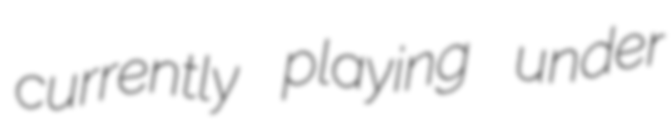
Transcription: currently playing under